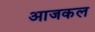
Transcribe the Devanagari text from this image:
अाजकल